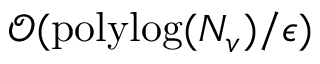
\mathcal { O } ( \mathrm { p o l y l o g } ( N _ { v } ) / \epsilon )